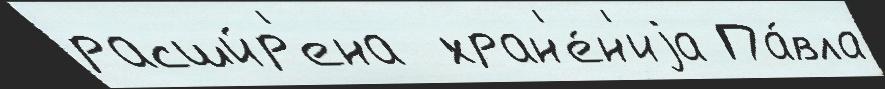
расши́р'ена  хран'е́н'иjа Па́вла